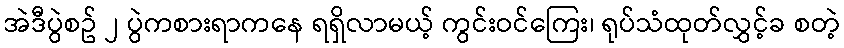
အဲဒီပွဲစဥ် ၂ ပွဲကစားရာကနေ ရရှိလာမယ့် ကွင်းဝင်ကြေး၊ ရုပ်သံထုတ်လွှင့်ခ စတဲ့